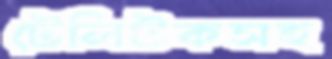
টেলিটকসহ